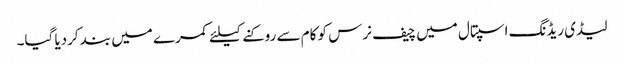
لیڈی ریڈنگ اسپتال میں چیف نرس کو کام سے روکنے کیلئے کمرے میں بند کردیا گیا۔